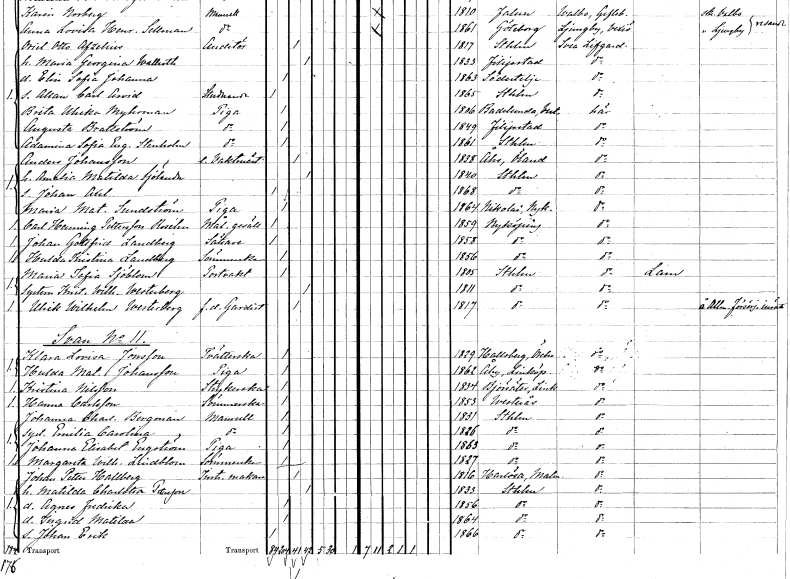
gt_parse: households: individuals: FN: Anders
EN: Johansson
YRKE: Vaktmästare extra
KON: M
CIV: G
FODAR: 1838
FODFORS: Ås Kalmar län
FN: Amalia Matilda
EN: Sjölander
KON: K
CIV: G
FODAR: 1840
FODFORS: Stockholm
FN: Johan Axel
KON: M
CIV: O
FODAR: 1868
FODFORS: Stockholm
FN: Maria Matilda
EN: Sundström
YRKE: Piga
KON: K
CIV: O
FODAR: 1864
FODFORS: Nyköpings Sankt Nicolai Södermanlands län
FN: Carl Henning
EN: Pettersson Roséhn
YRKE: Målaregesäll
KON: M
CIV: O
FODAR: 1859
FODFORS: Nyköping Södermanlands län
FN: Johan Gottfrid
EN: Landberg
YRKE: Sättare
KON: M
CIV: O
FODAR: 1858
FODFORS: Nyköping Södermanlands län
FN: Hulda Kristina
EN: Landberg
YRKE: Sömmerska
KON: K
CIV: O
FODAR: 1856
FODFORS: Nyköping Södermanlands län
FN: Maria Sofia
EN: Sjöblom
YRKE: Portvakt
KON: K
CIV: O
FODAR: 1805
FODFORS: Stockholm
FN: Kristina Wilhelmina
EN: Westerberg
KON: K
CIV: G
FODAR: 1811
FODFORS: Stockholm
FN: Ulrik Wilhelm
EN: Westerberg
YRKE: Gardist f.d.
KON: M
CIV: G
FODAR: 1817
FODFORS: Stockholm
FN: Klara Lovisa
EN: Jonsson
YRKE: Tvätterska
KON: K
CIV: O
FODAR: 1829
FODFORS: Hallsberg Örebro län
FN: Hulda Matilda
EN: Johansson
YRKE: Piga
KON: K
CIV: O
FODAR: 1862
FODFORS: Åby Östergötlands län
FN: Kristina
EN: Nilsson
YRKE: Strykerska
KON: K
CIV: O
FODAR: 1834
FODFORS: Björsäter Östergötlands län
FN: Hanna
EN: Carlsson
YRKE: Sömmerska
KON: K
CIV: O
FODAR: 1853
FODFORS: Västerås Västmanlands län
FN: Johanna Charlotta
EN: Bergman
KON: K
CIV: O
FODAR: 1831
FODFORS: Stockholm
FN: Emilia Carolina
KON: K
CIV: O
FODAR: 1826
FODFORS: Stockholm
FN: Johanna Elisabet
EN: Engström
YRKE: Piga
KON: K
CIV: O
FODAR: 1863
FODFORS: Stockholm
FN: Margareta Wilhelmina
EN: Lindblom
YRKE: Sömmerska
KON: K
CIV: O
FODAR: 1827
FODFORS: Stockholm
FN: Johan Petter
EN: Hallberg
YRKE: Instrumentmakare
KON: M
CIV: G
FODAR: 1816
FODFORS: Harlösa Malmöhus län
FN: Matilda Charlotta
EN: Petersson
KON: K
CIV: G
FODAR: 1833
FODFORS: Stockholm
FN: Agnes Fredrika
KON: K
CIV: O
FODAR: 1856
FODFORS: Stockholm
FN: Ingrid Matilda
KON: K
CIV: O
FODAR: 1864
FODFORS: Stockholm
FN: Johan Erik
KON: M
CIV: O
FODAR: 1866
FODFORS: Stockholm